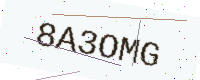
Text: 8A3OMG